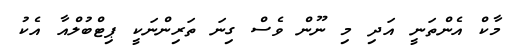
މާކް އެންތަނީ އަދި މި ނޫން ވެސް ގިނަ ތަރިންނަކީ ޕިޓްބުލްއާ އެކު